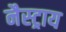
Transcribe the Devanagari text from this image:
नैस्ट्राय